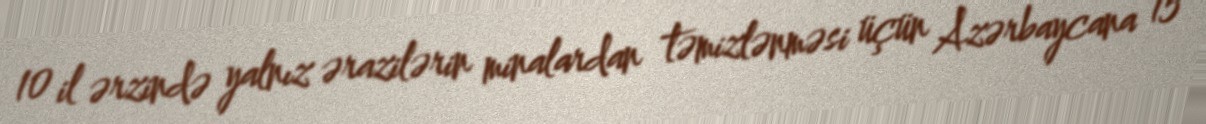
10 il ərzində yalnız ərazilərin minalardan təmizlənməsi üçün Azərbaycana 15